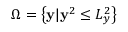
\Omega = \left\{ \mathbf { y } | \mathbf { y } ^ { 2 } \leq L _ { y } ^ { 2 } \right\}